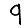
Digit: 9